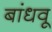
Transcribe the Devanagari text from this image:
बांधवू